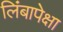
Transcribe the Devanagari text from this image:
लिंबापेक्षा